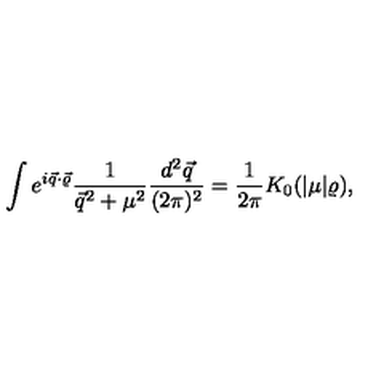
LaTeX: \int e ^ { i \vec { q } \cdot \vec { \varrho } } \frac { 1 } { \vec { q } ^ { 2 } + \mu ^ { 2 } } \frac { d ^ { 2 } \vec { q } } { ( 2 \pi ) ^ { 2 } } = \frac { 1 } { 2 \pi } K _ { 0 } ( | \mu | \varrho ) ,